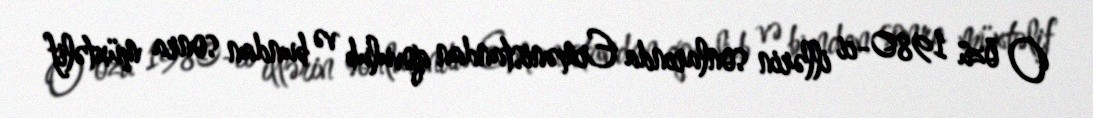
O özü 1980-ci illərin sonlarında Ermənistandan qovulub və bundan sonra müxtəlif